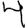
Digit: 4